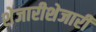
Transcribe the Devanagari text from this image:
शेजारीशेजारी